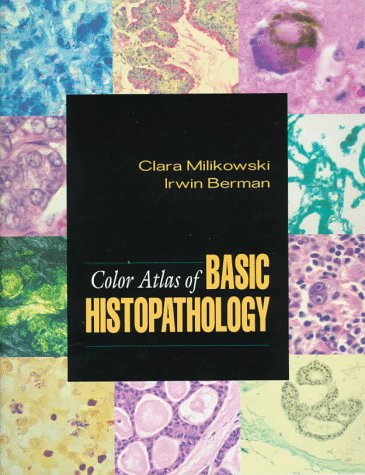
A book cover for Color Atlas of Basic Histopathology; Clara Milikowski; Medical Books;